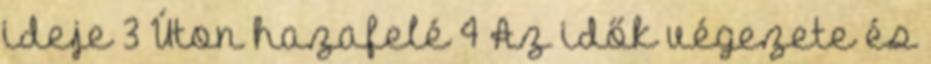
ideje 3 Úton hazafelé 4 Az idők végezete és